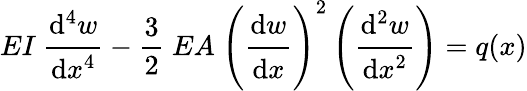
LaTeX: EI~{\cfrac{\mathrm{d}^{4}w}{\mathrm{d}x^{4}}}-{\frac{3}{2}}~EA~\left({\cfrac{\mathrm{d}w}{\mathrm{d}x}}\right)^{2}\left({\cfrac{\mathrm{d}^{2}w}{\mathrm{d}x^{2}}}\right)=q(x)